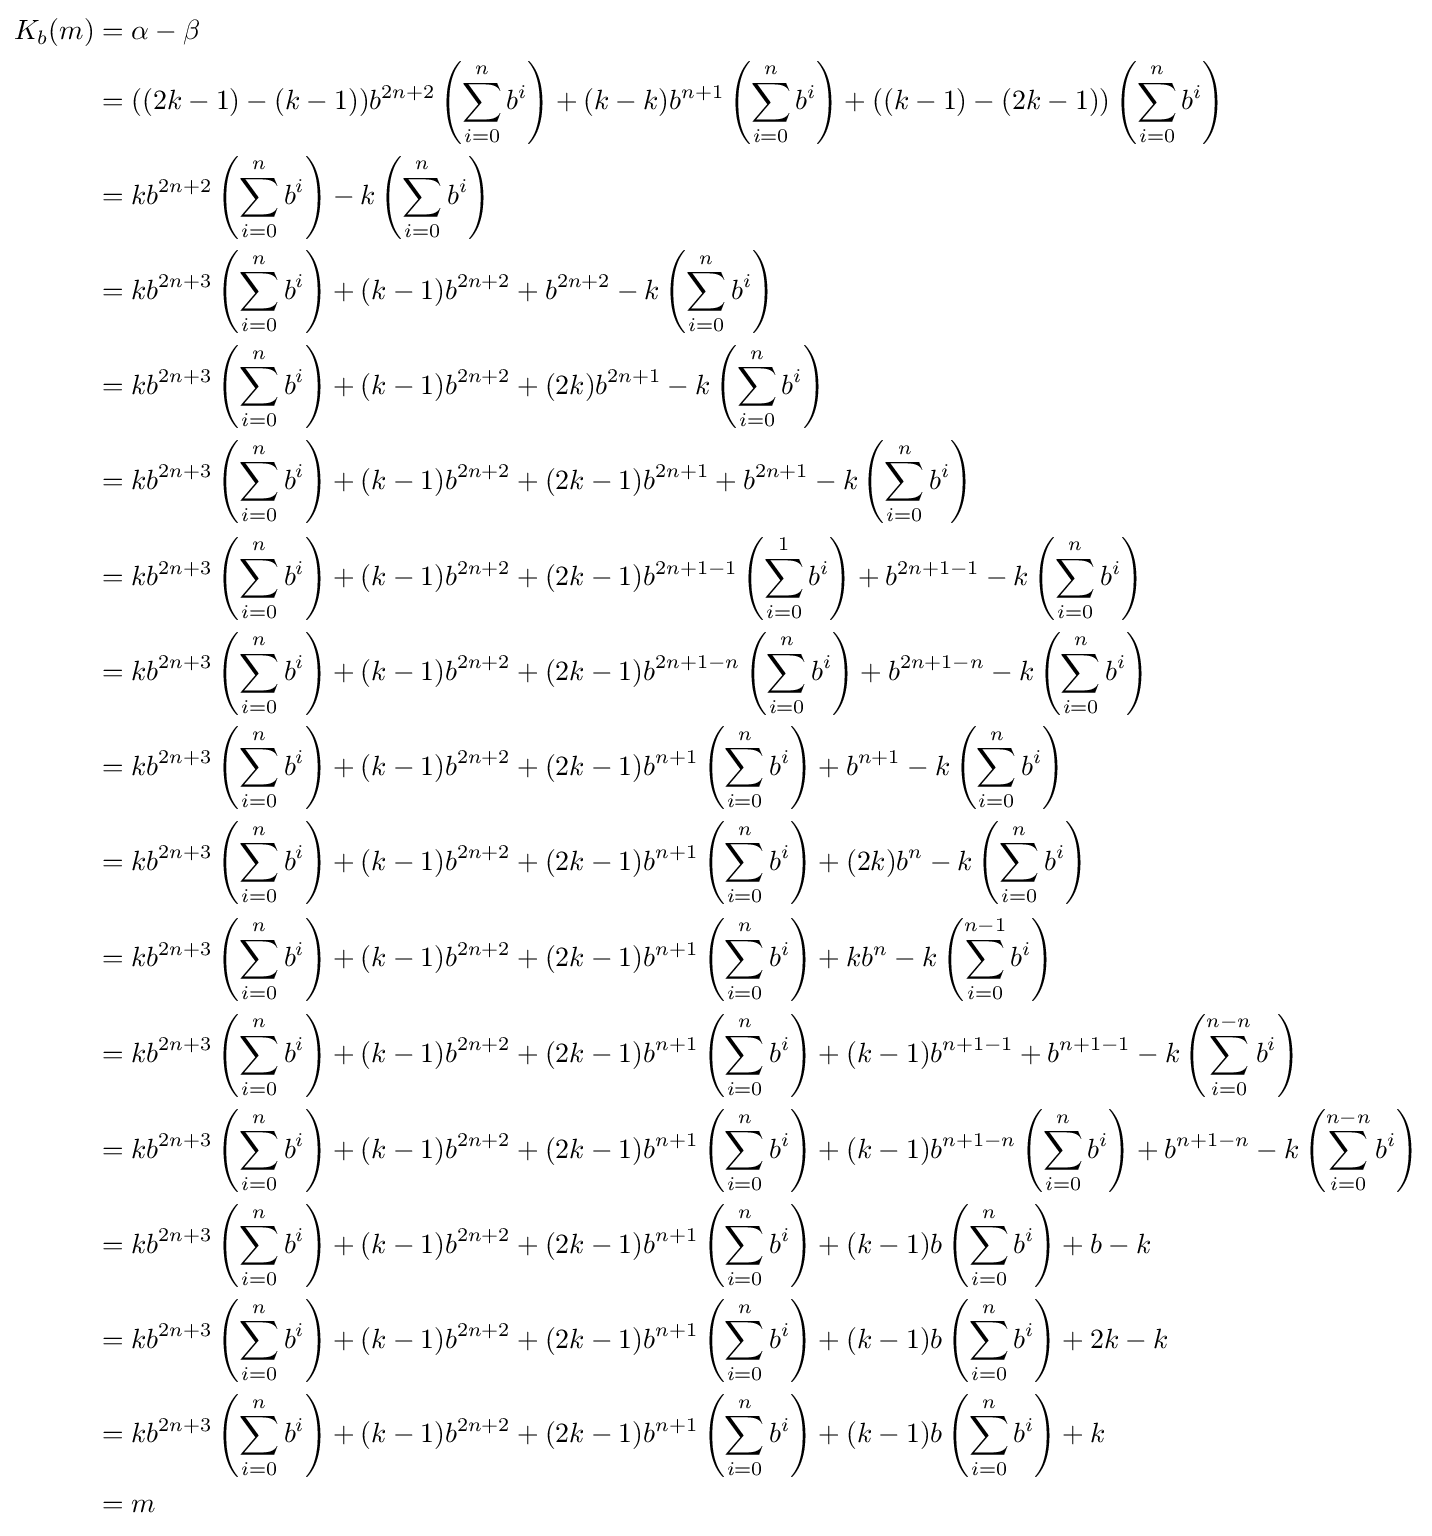
{\begin{aligned}K_{b}(m)&=\alpha -\beta \\&=((2k-1)-(k-1))b^{2n+2}\left(\sum _{i=0}^{n}b^{i}\right)+(k-k)b^{n+1}\left(\sum _{i=0}^{n}b^{i}\right)+((k-1)-(2k-1))\left(\sum _{i=0}^{n}b^{i}\right)\\&=kb^{2n+2}\left(\sum _{i=0}^{n}b^{i}\right)-k\left(\sum _{i=0}^{n}b^{i}\right)\\&=kb^{2n+3}\left(\sum _{i=0}^{n}b^{i}\right)+(k-1)b^{2n+2}+b^{2n+2}-k\left(\sum _{i=0}^{n}b^{i}\right)\\&=kb^{2n+3}\left(\sum _{i=0}^{n}b^{i}\right)+(k-1)b^{2n+2}+(2k)b^{2n+1}-k\left(\sum _{i=0}^{n}b^{i}\right)\\&=kb^{2n+3}\left(\sum _{i=0}^{n}b^{i}\right)+(k-1)b^{2n+2}+(2k-1)b^{2n+1}+b^{2n+1}-k\left(\sum _{i=0}^{n}b^{i}\right)\\&=kb^{2n+3}\left(\sum _{i=0}^{n}b^{i}\right)+(k-1)b^{2n+2}+(2k-1)b^{2n+1-1}\left(\sum _{i=0}^{1}b^{i}\right)+b^{2n+1-1}-k\left(\sum _{i=0}^{n}b^{i}\right)\\&=kb^{2n+3}\left(\sum _{i=0}^{n}b^{i}\right)+(k-1)b^{2n+2}+(2k-1)b^{2n+1-n}\left(\sum _{i=0}^{n}b^{i}\right)+b^{2n+1-n}-k\left(\sum _{i=0}^{n}b^{i}\right)\\&=kb^{2n+3}\left(\sum _{i=0}^{n}b^{i}\right)+(k-1)b^{2n+2}+(2k-1)b^{n+1}\left(\sum _{i=0}^{n}b^{i}\right)+b^{n+1}-k\left(\sum _{i=0}^{n}b^{i}\right)\\&=kb^{2n+3}\left(\sum _{i=0}^{n}b^{i}\right)+(k-1)b^{2n+2}+(2k-1)b^{n+1}\left(\sum _{i=0}^{n}b^{i}\right)+(2k)b^{n}-k\left(\sum _{i=0}^{n}b^{i}\right)\\&=kb^{2n+3}\left(\sum _{i=0}^{n}b^{i}\right)+(k-1)b^{2n+2}+(2k-1)b^{n+1}\left(\sum _{i=0}^{n}b^{i}\right)+kb^{n}-k\left(\sum _{i=0}^{n-1}b^{i}\right)\\&=kb^{2n+3}\left(\sum _{i=0}^{n}b^{i}\right)+(k-1)b^{2n+2}+(2k-1)b^{n+1}\left(\sum _{i=0}^{n}b^{i}\right)+(k-1)b^{n+1-1}+b^{n+1-1}-k\left(\sum _{i=0}^{n-n}b^{i}\right)\\&=kb^{2n+3}\left(\sum _{i=0}^{n}b^{i}\right)+(k-1)b^{2n+2}+(2k-1)b^{n+1}\left(\sum _{i=0}^{n}b^{i}\right)+(k-1)b^{n+1-n}\left(\sum _{i=0}^{n}b^{i}\right)+b^{n+1-n}-k\left(\sum _{i=0}^{n-n}b^{i}\right)\\&=kb^{2n+3}\left(\sum _{i=0}^{n}b^{i}\right)+(k-1)b^{2n+2}+(2k-1)b^{n+1}\left(\sum _{i=0}^{n}b^{i}\right)+(k-1)b\left(\sum _{i=0}^{n}b^{i}\right)+b-k\\&=kb^{2n+3}\left(\sum _{i=0}^{n}b^{i}\right)+(k-1)b^{2n+2}+(2k-1)b^{n+1}\left(\sum _{i=0}^{n}b^{i}\right)+(k-1)b\left(\sum _{i=0}^{n}b^{i}\right)+2k-k\\&=kb^{2n+3}\left(\sum _{i=0}^{n}b^{i}\right)+(k-1)b^{2n+2}+(2k-1)b^{n+1}\left(\sum _{i=0}^{n}b^{i}\right)+(k-1)b\left(\sum _{i=0}^{n}b^{i}\right)+k\\&=m\\\end{aligned}}